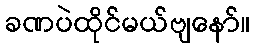
ခဏပဲထိုင်မယ်ဗျနော်။